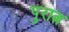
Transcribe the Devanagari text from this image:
पुरात्न